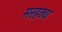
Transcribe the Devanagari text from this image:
मरहठ्य